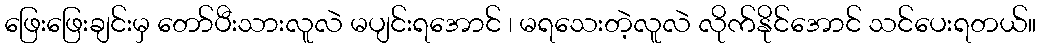
ဖြေးဖြေးချင်းမှ တော်ပီးသားလူလဲ မပျင်းရအောင် ၊ မရသေးတဲ့လူလဲ လိုက်နိုင်အောင် သင်ပေးရတယ်။